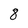
Character: 8